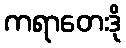
ကရာတေးဒို